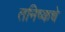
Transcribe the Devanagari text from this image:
तनिष्कचे